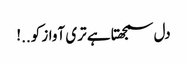
دل سمجھتا ہے تری آواز کو..!